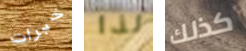
خبرات لذا كذلك